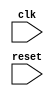
module behavioral_modeling_block (
    input wire clk,
    input wire reset
);
    
    reg q;
    
    always @ (posedge clk or negedge reset)
    begin
        if (reset == 1'b0) begin
            q <= 1'b0;
        end else begin
            // Behavior to execute on positive clock edge and negative reset edge
            // Insert behavioral code here
        end
    end

endmodule